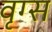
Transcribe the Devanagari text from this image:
वृग्स